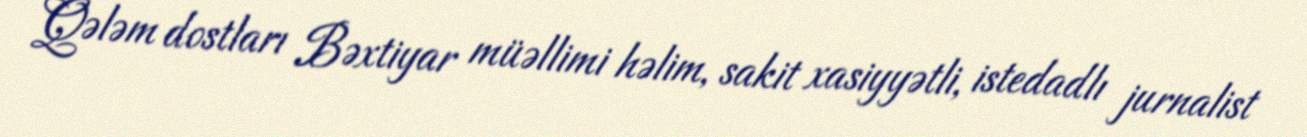
Qələm dostları Bəxtiyar müəllimi həlim, sakit xasiyyətli, istedadlı jurnalist